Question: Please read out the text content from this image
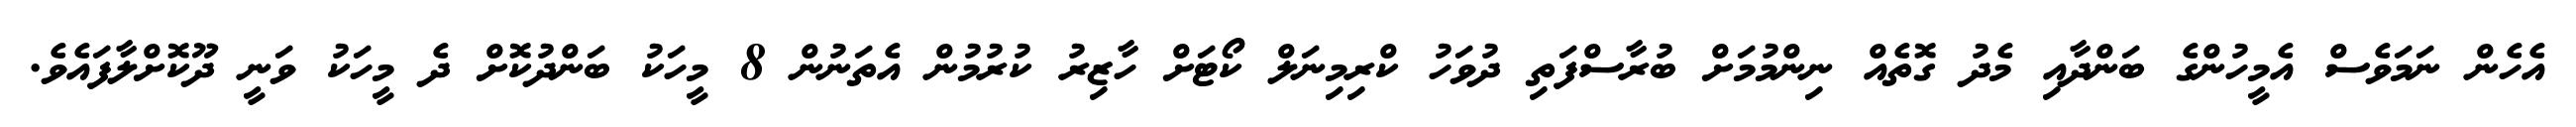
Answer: އެހެން ނަމަވެސް އެމީހުންގެ ބަންދާއި މެދު ގޮތެއް ނިންމުމަށް ބުރާސްފަތި ދުވަހު ކްރިމިނަލް ކޯޓަށް ހާޒިރު ކުރުމުން އެތަނުން 8 މީހަކު ބަންދުކޮށް ދެ މީހަކު ވަނީ ދޫކޮށްލާފައެވެ.